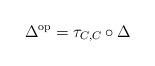
LaTeX: \begin{align*}\Delta^{\rm{op}}=\tau_{C,C} \circ \Delta\end{align*}